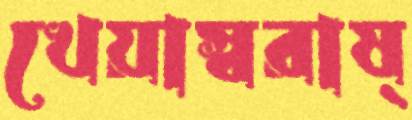
খেয়াস্বরাষ্